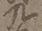
九